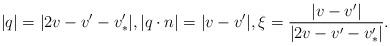
LaTeX: \begin{align*} |q| = |2v - v' - v'_*|, |q \cdot n| = |v-v'|, \xi = \frac{|v-v'|}{|2v - v' - v'_*|}.\end{align*}